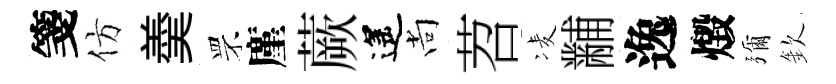
箋仿羮罘廑蕨遙尚苕凌黼逸燬彌欽